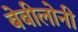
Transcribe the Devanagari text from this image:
बेबीलोनी